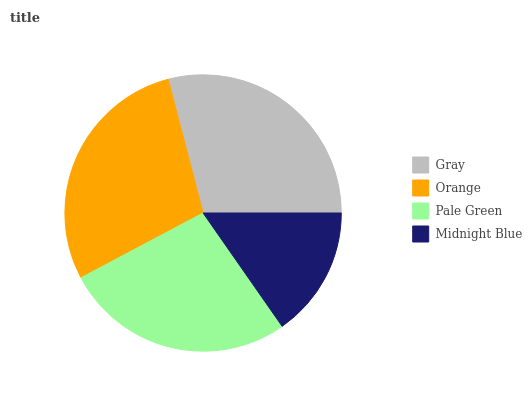
| Gray | Orange | Pale Green | Midnight Blue |
 | --- | --- | --- | --- |
 | 29.1% | 28.7% | 26.9% | 15.3% |